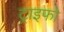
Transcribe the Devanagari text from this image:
ट्राइफो